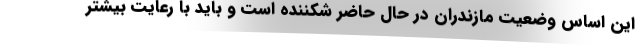
این اساس وضعیت مازندران در حال حاضر شکننده است و باید با رعایت بیشتر